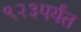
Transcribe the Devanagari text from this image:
९२३पर्यंत